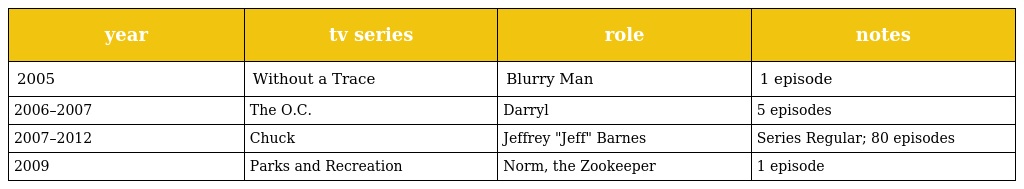
| year | tv series | role | notes |
 | --- | --- | --- | --- |
 | 2005 | Without a Trace | Blurry Man | 1 episode |
 | 2006–2007 | The O.C. | Darryl | 5 episodes |
 | 2007–2012 | Chuck | Jeffrey "Jeff" Barnes | Series Regular; 80 episodes |
 | 2009 | Parks and Recreation | Norm, the Zookeeper | 1 episode |